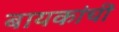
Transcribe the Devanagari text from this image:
बायकांचीं